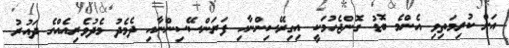
އަށް ކުރިމަތިވި އެންމެ ބޮޑު ގޮންޖެހުމަކީ އިގިރޭސިންނާއި ފަރަންސޭސިންނާއި ދެމެދު މެދުވެރިއެއްގެ ދައުރު